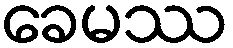
ခေမဿ